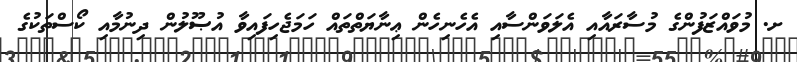
ށ. މުވައްޒަފުންގެ މުސާރައާއި އެލަވަންސާއި އެހެނިހެން ޢިނާޔަތްތައް ހަމަޖެހިފައިވާ އުޞޫލުން ދިނުމާއި ކޯސްތަކުގެ